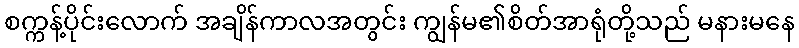
စက္ကန့်ပိုင်းလောက် အချိန်ကာလအတွင်း ကျွန်မ၏စိတ်အာရုံတို့သည် မနားမနေ